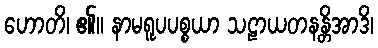
ဟောတိ၊ ၏။ နာမရူပပစ္စယာ သဠာယတနန္တိအာဒိ၊